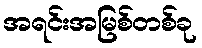
အရင်းအမြစ်တစ်ခု